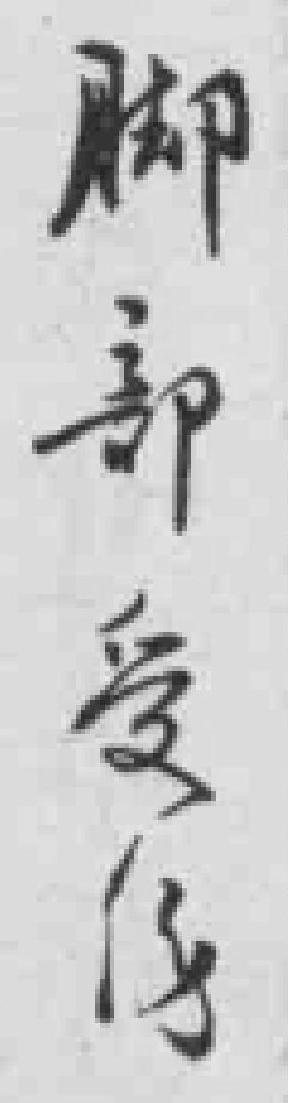
脚部受傷